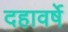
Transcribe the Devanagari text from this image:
दहावर्षे